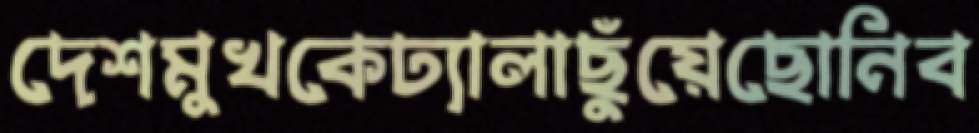
দেশমুখকেঢ্যালাছুঁয়েছোনিব